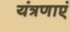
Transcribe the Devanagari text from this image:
यंत्रणाएं